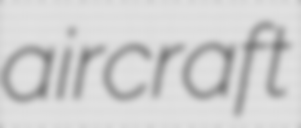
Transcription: aircraft